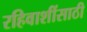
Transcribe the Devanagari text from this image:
रहिवाशींसाठी